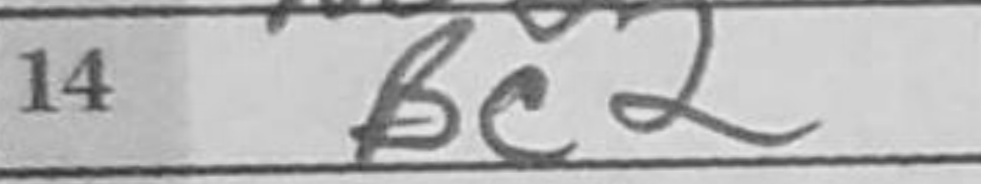
Transcription: Bc2